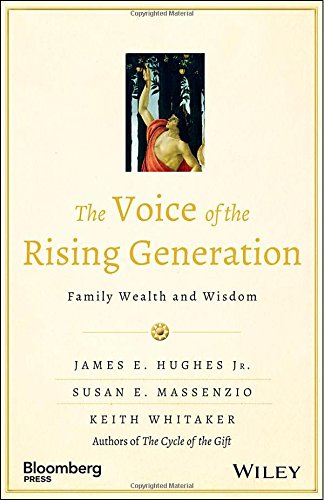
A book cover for The Voice of the Rising Generation: Family Wealth and Wisdom (Bloomberg); James E. Hughes Jr.; Business & Money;